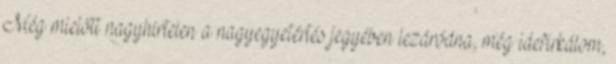
Még mielőtt nagyhirtelen a nagyegyetértés jegyében lezáródna, még idefirkálom,